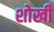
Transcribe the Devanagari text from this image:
शोखी